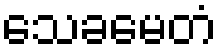
သေခမေတံ